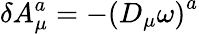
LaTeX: \delta A_{\mu}^{a}=-\left(D_{\mu}\omega\right)^{a}